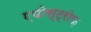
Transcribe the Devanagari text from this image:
एपोस्ट्रोफ़